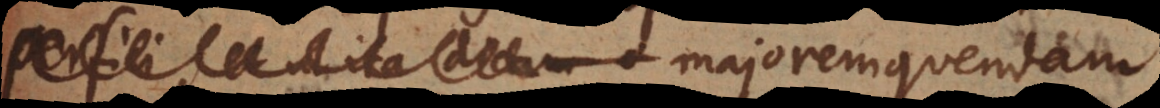
perfici, et ut ita dicam majorem quendam